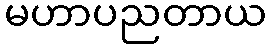
မဟာပညတာယ